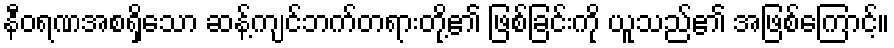
နီဝရဏအစရှိသော ဆန့်ကျင်ဘက်တရားတို့၏ ဖြစ်ခြင်းကို ယူသည်၏ အဖြစ်ကြောင့်။